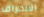
الانحراف